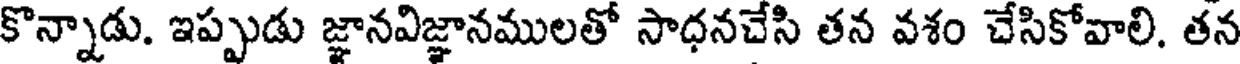
కొన్నాడు. ఇప్పుడు జ్ఞానవిజ్ఞానములతో సాధనచేసి తన వశం చేసికోవాలి. తన